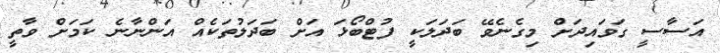
އަސާސީ ގަވައިދަށް މިގެނެވޭ ބަދަލަކީ ފުޓްބޯޅަ އަށް ބަދަލުތަކެއް އަންނާނެ ކަމަށް ވާތީ